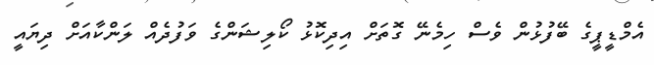
އެމްޑީޕީގެ ބޭފުޅުން ވެސް ހިމެނޭ ގޮތަށް އިދިކޮޅު ކޯލިޝަންގެ ވަފުދެއް ލަންކާއަށް ދިޔައީ